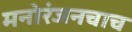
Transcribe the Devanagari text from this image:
मनोरंजनचाच